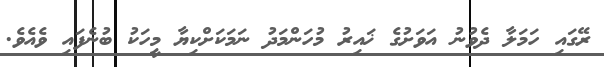
ރޭގައި ހަމަލާ ދެވުނު އަވަށުގެ ޚައިރު މުހަންމަދު ނަމަކަށްކިޔާ މީހަކު ބުނެފައި ވެއެވެ.